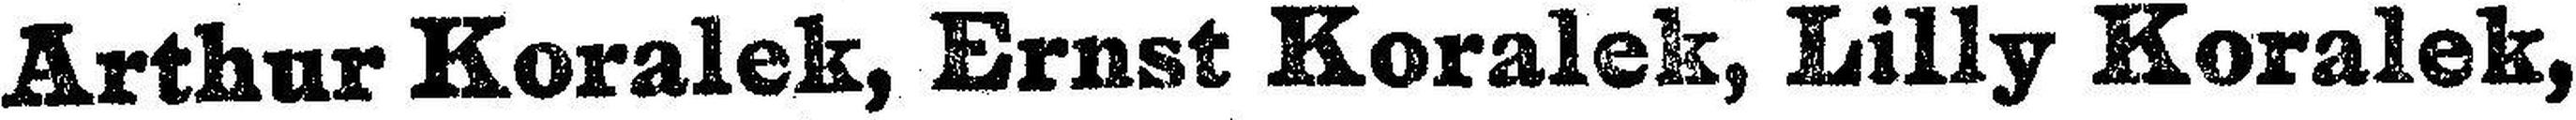
Arthur Koralek, Ernst Koralek, Lilly Koralek,